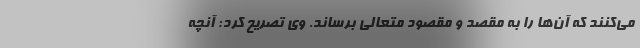
می‌کنند که آن‌ها را به مقصد و مقصود متعالی برساند. وی تصریح کرد: آنچه